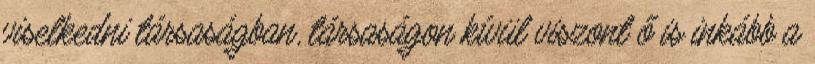
viselkedni társaságban, társaságon kívül viszont ő is inkább a